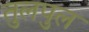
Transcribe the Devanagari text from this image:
तुलपुल